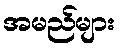
အမည်များ